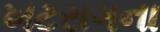
ખટરાગના